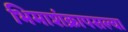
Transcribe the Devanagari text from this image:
भिमाशंक्रापसल्या